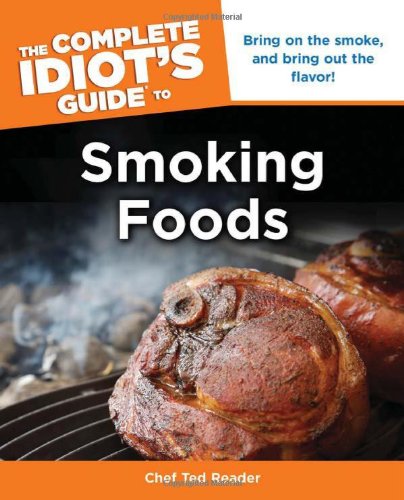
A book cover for The Complete Idiot's Guide to Smoking Foods (Complete Idiot's Guides (Lifestyle Paperback)); Ted Reader; Cookbooks, Food & Wine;